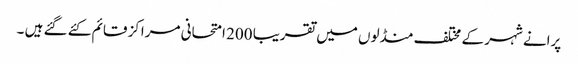
پرانے شہر کے مختلف منڈلوں میں تقریبا 200 امتحانی مراکز قائم کئے گئے ہیں ۔